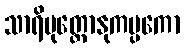
သာရိပုတ္တောနုကမ္ပကော